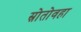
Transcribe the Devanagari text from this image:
स्रोतोवहा